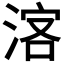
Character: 𣷅